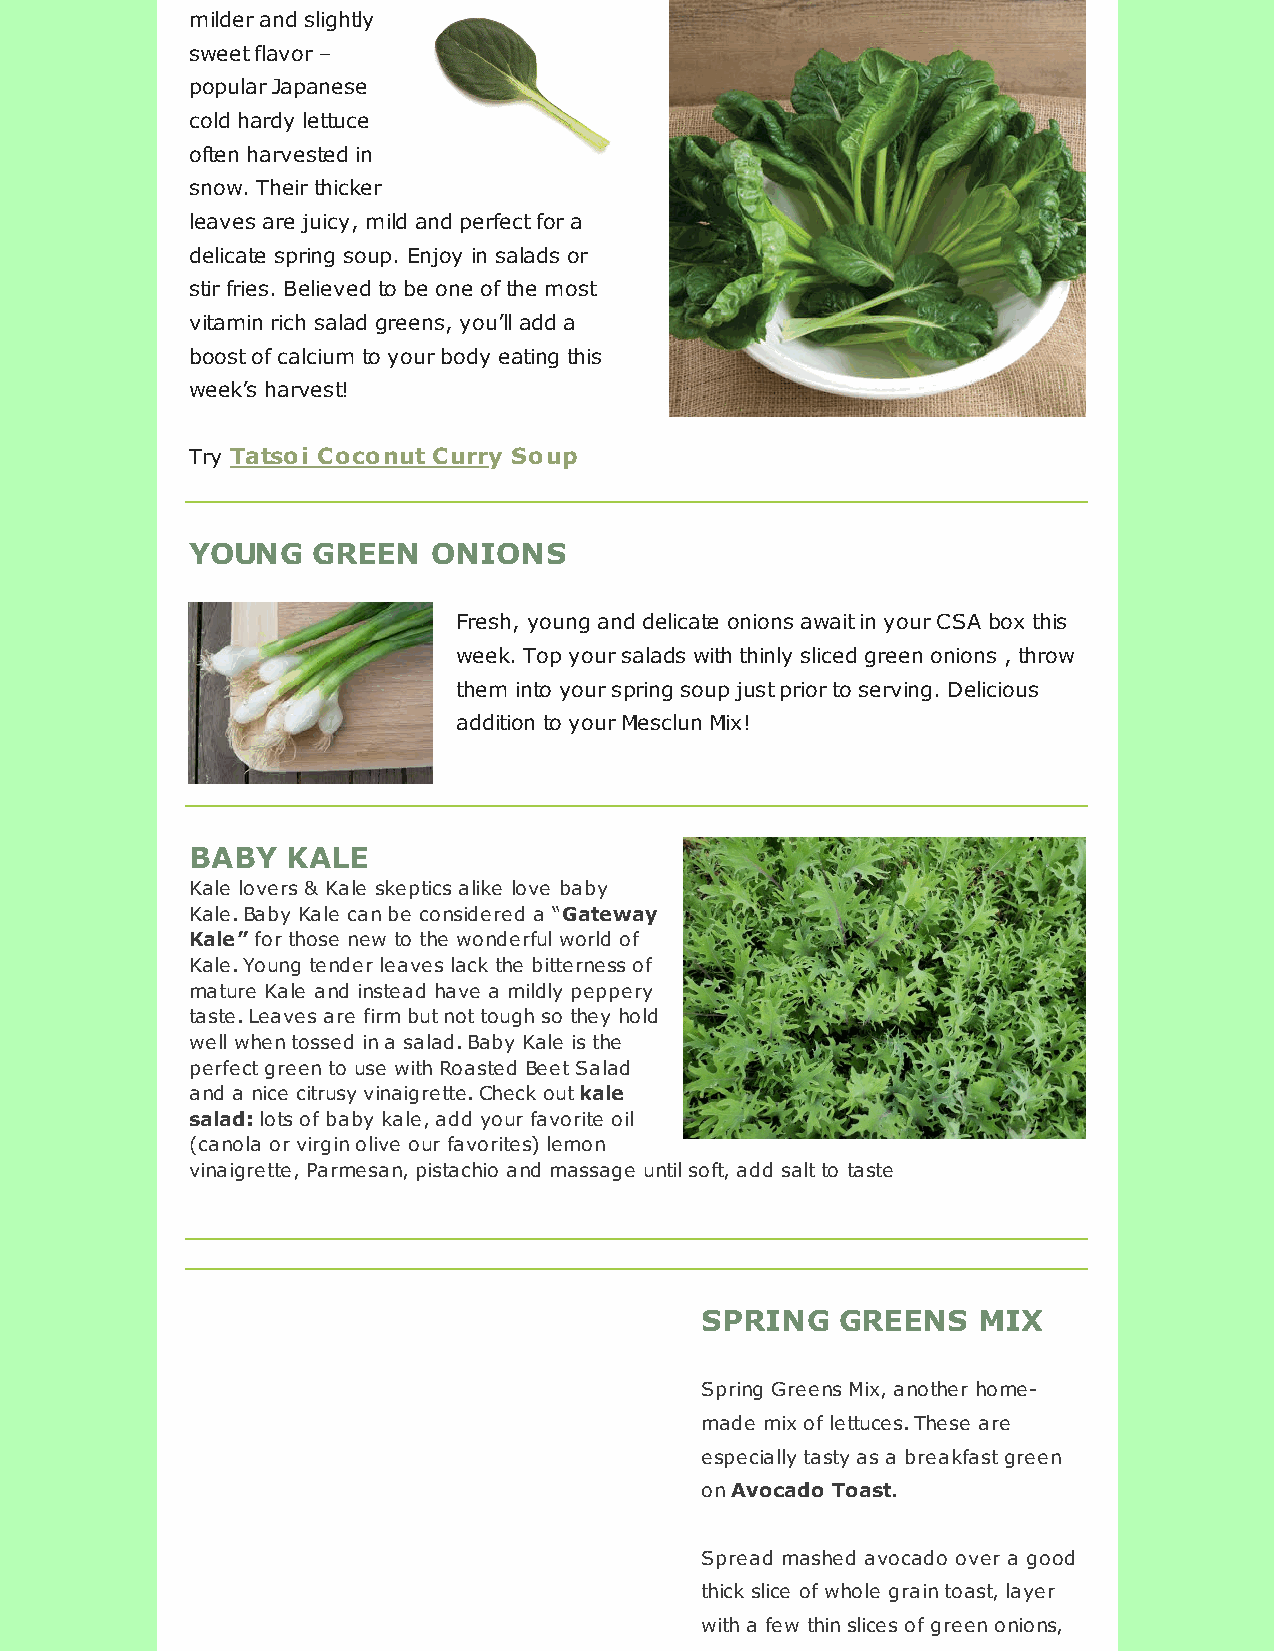
milder and slightly
 sweet flavor –
 popular Japanese
 cold hardy lettuce
 often harvested in
 snow. Their thicker
 leaves are juicy, mild and perfect for a
 delicate spring soup. Enjoy in salads or
 stir fries. Believed to be one of the most
 vitamin rich salad greens, you’ll add a
 boost of calcium to your body eating this
 week’s harvest!
 Try Tatsoi Coconut Curry Soup
 YOUNG   GREEN   ONIONS
 Fresh, young and delicate onions await in your CSA box this
 week. Top your salads with thinly sliced green onions , throw
 them into your spring soup just prior to serving. Delicious
 addition to your Mesclun Mix!
 BABY  KALE
 Kale lovers & Kale skeptics alike love baby
 Kale. Baby Kale can be considered a “Gateway
 Kale” for those new to the wonderful world of
 Kale. Young tender leaves lack the bitterness of
 mature Kale and instead have a mildly peppery
 taste. Leaves are firm but not tough so they hold
 well when tossed in a salad. Baby Kale is the
 perfect green to use with Roasted Beet Salad
 and a nice citrusy vinaigrette. Check out kale
 salad: lots of baby kale, add your favorite oil
 (canola or virgin olive our favorites) lemon
 vinaigrette, Parmesan, pistachio and massage until soft, add salt to taste
 SPRING    GREENS   MIX
 Spring Greens Mix, another home-
 made mix of lettuces. These are
 especially tasty as a breakfast green
 on Avocado Toast.
 Spread mashed avocado over a good
 thick slice of whole grain toast, layer
 with a few thin slices of green onions,